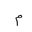
Letter: _mim